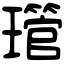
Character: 𤪔